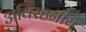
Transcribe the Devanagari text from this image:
अविरहनीय